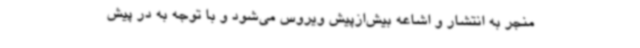
منجر به انتشار و اشاعه بیش‌ازپیش ویروس می‌شود و با توجه به در پیش